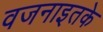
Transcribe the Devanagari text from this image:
वजनाइतके